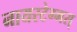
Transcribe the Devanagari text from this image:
नायस्‍टेग्‍मस्